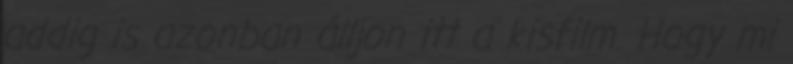
addig is azonban álljon itt a kisfilm. Hogy mi